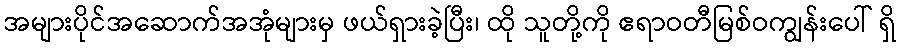
အများပိုင်အဆောက်အအုံများမှ ဖယ်ရှားခဲ့ပြီး၊ ထို သူတို့ကို ဧရာဝတီမြစ်ဝကျွန်းပေါ် ရှိ